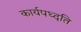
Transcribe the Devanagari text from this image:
कार्यपध्दति